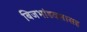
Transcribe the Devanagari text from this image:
बिजभांडवलासह